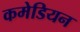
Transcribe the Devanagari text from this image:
कमेडियन